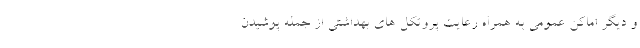
و دیگر اماکن عمومی به همراه رعایت پروتکل های بهداشتی از جمله پوشیدن